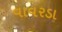
વાવરડા